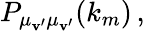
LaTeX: P_{\mu_{\mathbf{v}^{\vphantom{}{{\prime}}}}\mu_{\mathbf{v}^{\prime}}}(k_{m})\, ,